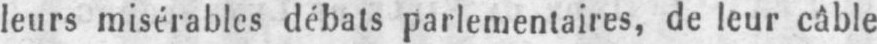
leurs misérables débats parlementaires, de leur câble